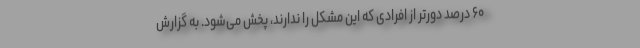
۶۰ درصد دورتر از افرادی که این مشکل را ندارند، پخش می‌شود. به گزارش